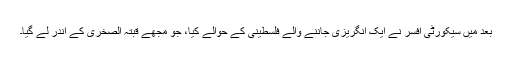
بعد میں سیکورٹی افسر نے ایک انگریزی جاننے والے فلسطینی کے حوالے کیا، جو مجھے قبتہ الصخریٰ کے اندر لے گیا۔